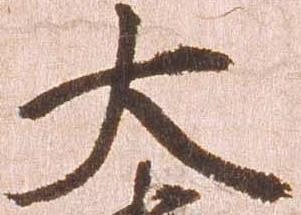
大